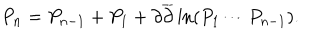
P _ { n } = P _ { n - 1 } + P _ { 1 } + \partial \overline { { { \partial } } } \ln ( P _ { 1 } \cdots P _ { n - 1 } ) .